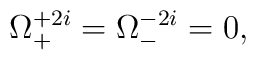
\Omega^{+2i}_+=\Omega^{-2i}_-=0,